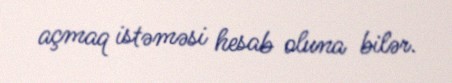
açmaq istəməsi hesab oluna bilər.